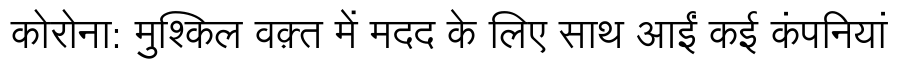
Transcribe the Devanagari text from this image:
कोरोना: मुश्किल वक़्त में मदद के लिए साथ आईं कई कंपनियां